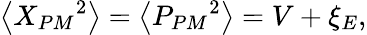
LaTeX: \left\langle{{X}_{PM}}^{2}\right\rangle=\left\langle{{P}_{PM}}^{2}\right\rangle=V+{{\xi}_{E}},